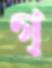
গ্